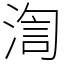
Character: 渹